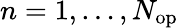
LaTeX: n=1,\dots,N_{\mathrm{op}}